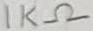
Text: 1KΩ